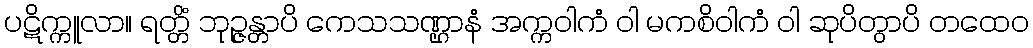
ပဋိက္ကူလာ။ ရတ္တိံ ဘုဉ္ဇန္တာပိ ကေသသဏ္ဌာနံ အက္ကဝါကံ ဝါ မကစိဝါကံ ဝါ ဆုပိတွာပိ တထေဝ